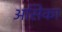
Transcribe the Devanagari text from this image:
असिका